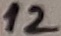
Text: 12